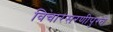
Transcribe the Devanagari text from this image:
विचारसरणीपुरते